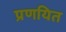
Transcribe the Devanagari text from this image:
प्रणयित